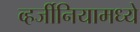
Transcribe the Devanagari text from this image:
व्हर्जीनियामध्ये